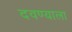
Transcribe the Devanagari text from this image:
दवण्याला